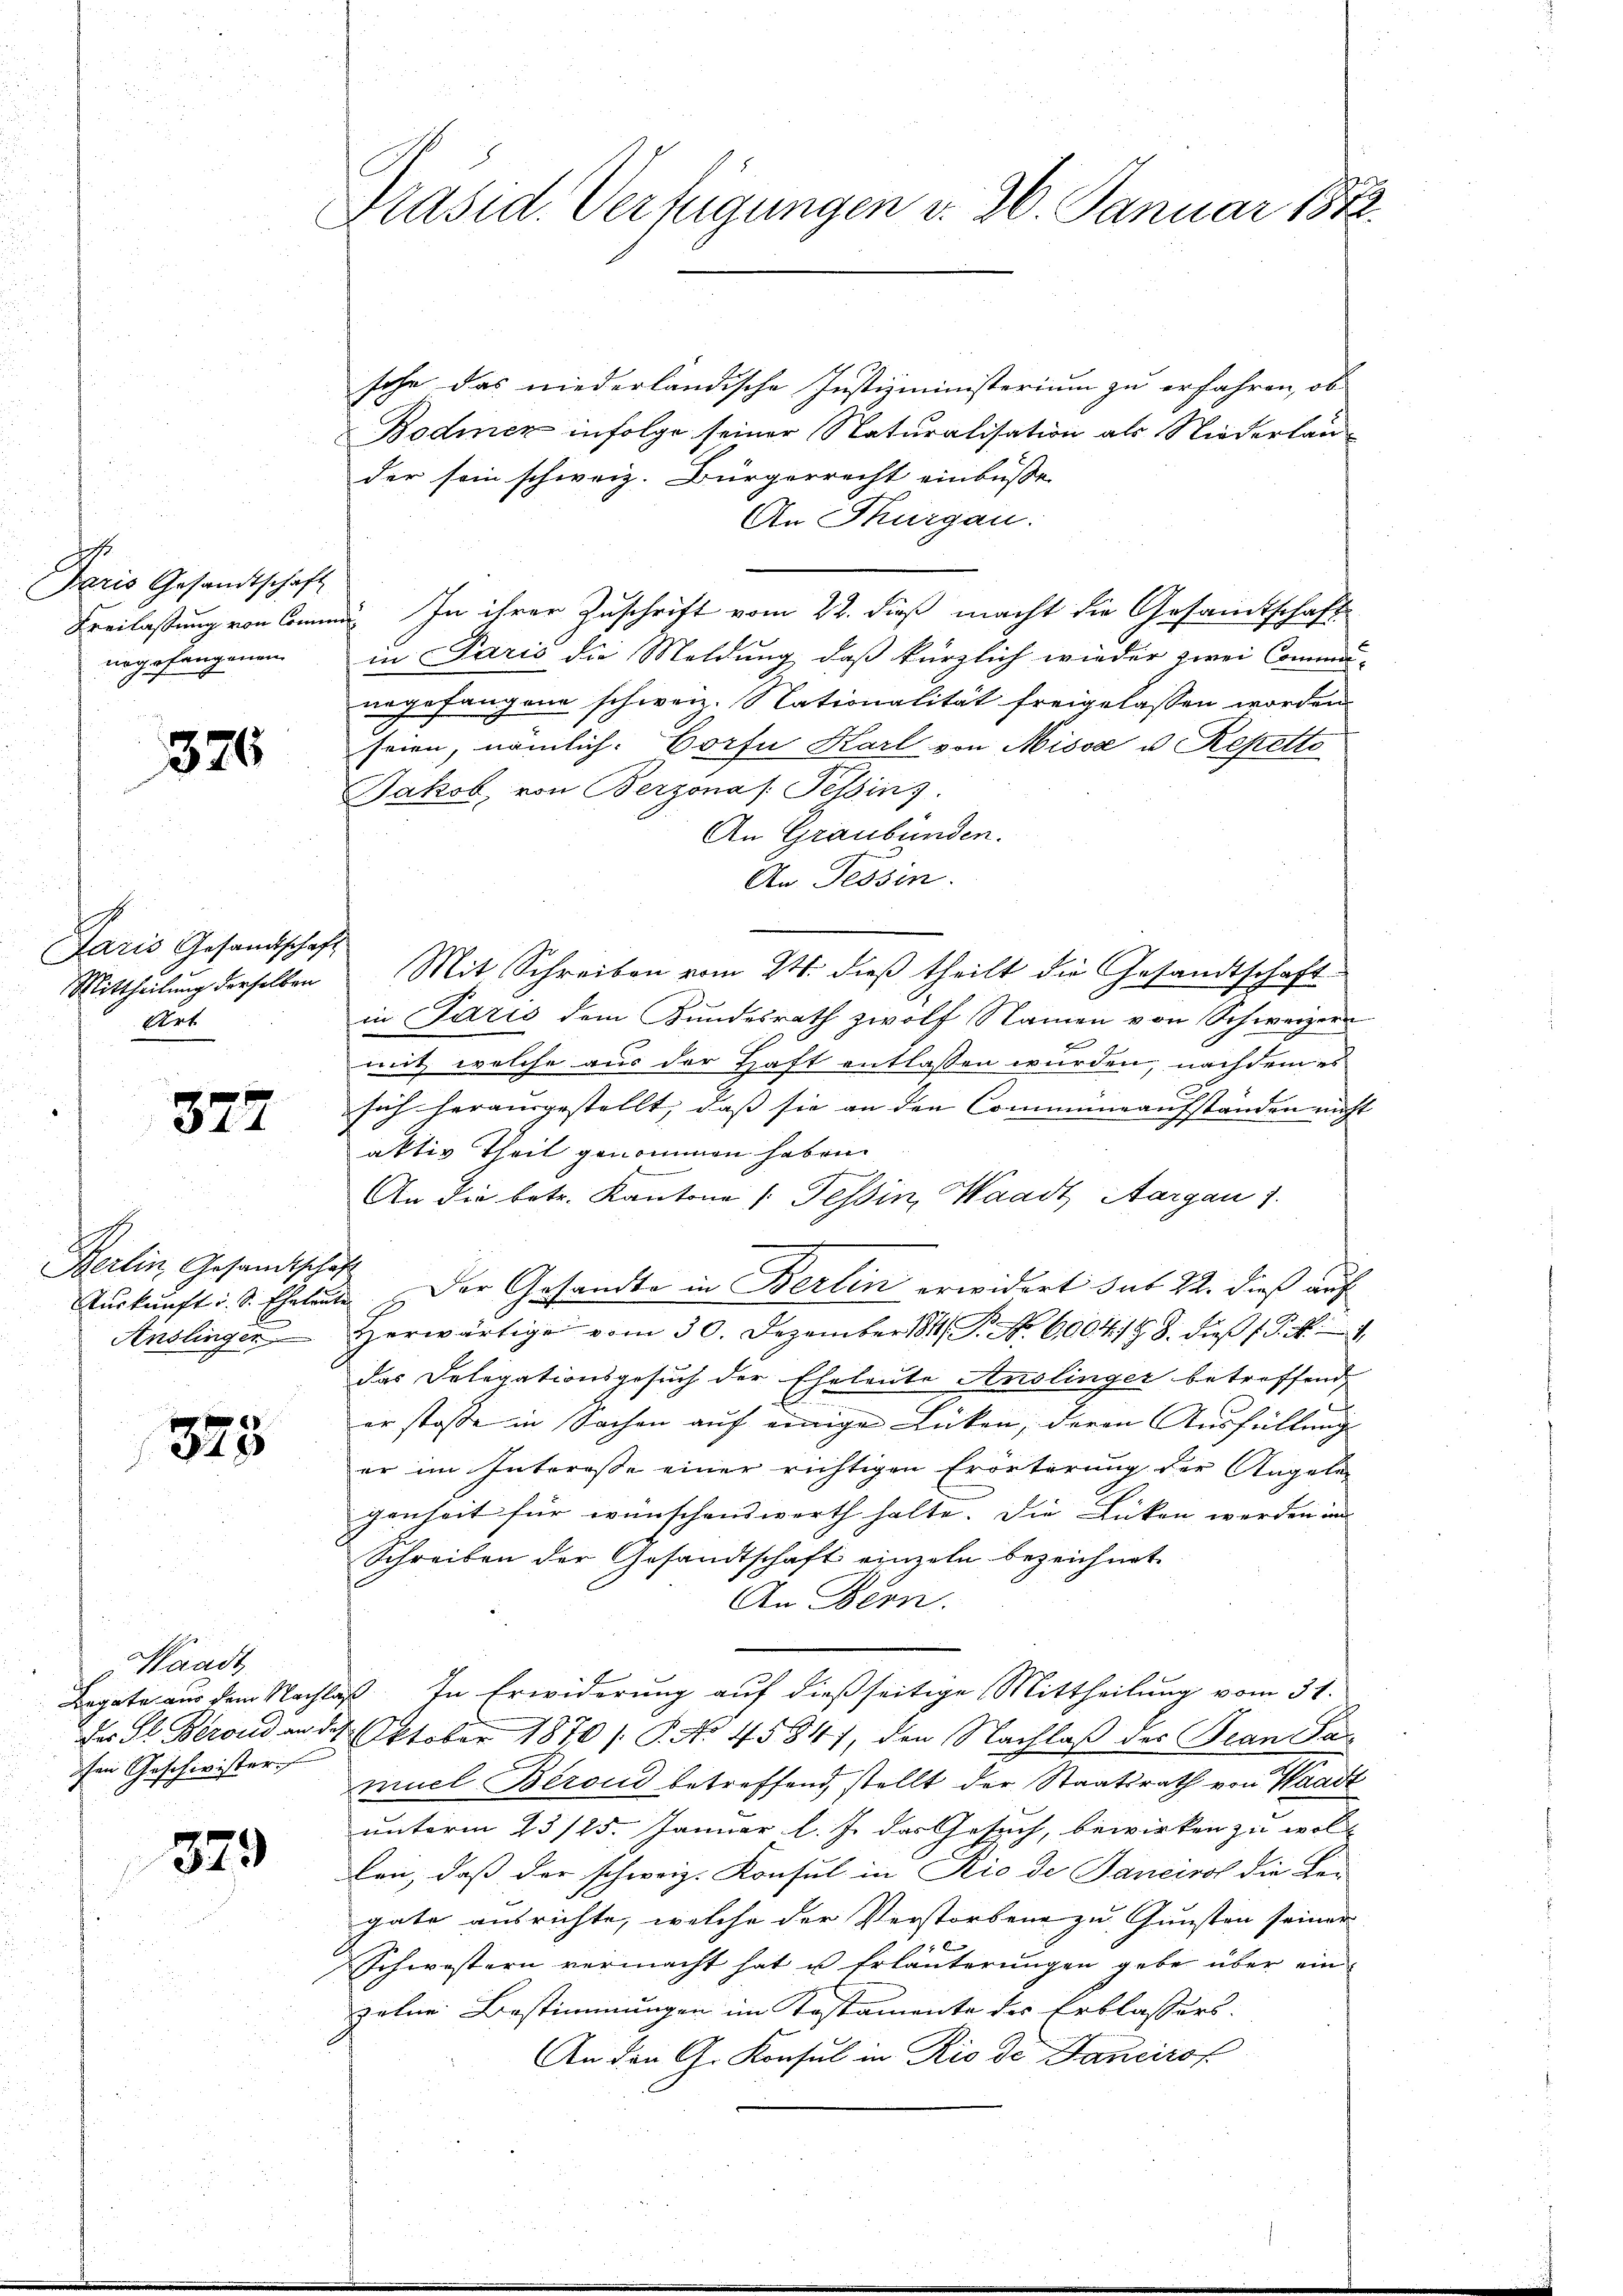
s
Paris Gesandtschaft
nrgefangenen

376

I
Paris Gesandtschaft
Art

327

A
Berlin Gesandtschaft
Anslinger

6
44

Waadt
ihen Geschwister

379

Präsid. Verfügungen v. 26. Januar 1872.

sohn das niederländische Justizministerium zu erfahren, ob
Bodmer infolge seiner Naturalisation als Niederlauder sein schweiz. Bürgerrecht einbüsse
An Thurgau:
Freilassung von Comme. In ihrer Zuschrift vom 22. dieß macht die Gesamtschaft
in Paris die Meldung, daß kürzlich wieder zwei Commu-
negefangene schweiz. Nationalität freigelassen worden
seien, nämlich. Dorfe Karl von Miss u. Repetto
Jakob, von Berzona /: Pessins
An Graubünden.
An Tessin.
Mittheilŭng derselben Mit Schreiben vom 24. dieβ theilt die Gesandtschaft
in Paris dem Kundesrath zwölf Namen von Schweizern
n
mit welche aus der Haft entlassen wurden, nachdem es
sich herausgestellt, dass sie an den Commineaufständen nicht |
aktiv Theil genommen haben.
An die betr. Kantone (Tessin, Waadt Aargau 1.
a
Aurkunft i. S. Eheleute. Der Gesandte in Berlin erwidert sub 22. dieß auf
Herwärtige vom 30. Dezember 184. P. Nr. 6004/9 8. dieβ (S. 3
das Delegationsgesuch der Eheleute Anslinger betreffend,
l
er stosse in Sachen auf einige Lücken, deren Ausfüllung
er im Interesse einer richtigen Erörterung der Angele
genheit für wünschenswerth halte. Die Lücken werden im
Schreiben der Gesandtschaft einzeln bezeichnet.
An Bern.
Bagate aus dem Nachlaß. In Erwiderung auf dießseitige Mittheilung vom 31.
des St. Berond am 21. Oktober 1870 /: P. Nr. 4584), den Nachlaß des Jean Par
muel Berond betreffend, stellt der Staatsrath von Waadt
unterm 23/25. Januar l. J. das Gesuch, bewirken zu woll
bei, daß der schweiz. Konsul in Rio de Janeirol die Lei
gate ausrichte, welche der Verstorbene zu Gunsten seiner
f 4 x
Schwestern vermacht hat u Erläuterungen gebe über einzelne Bestimmungen im Testamente des Erblassers.
An den G. Konsul in Rio de Fancirsf